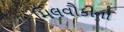
મિલવૌકીના